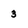
Character: 3